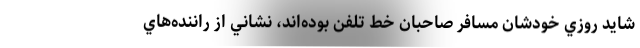
شايد روزي خودشان مسافر صاحبان خط تلفن بوده‌اند، نشاني از راننده‌هاي